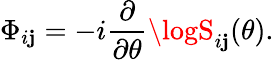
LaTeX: \Phi_{i\mathbf{j}}=-i\frac{{\partial}}{{\partial\theta}}\logS_{i\mathbf{j}}(\theta).